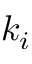
k _ { i }